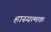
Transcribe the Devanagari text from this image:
हास्यत्मक